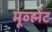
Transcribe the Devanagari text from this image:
मूव्ह्मेंट